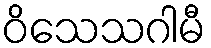
ဝိသေသဂါမီ